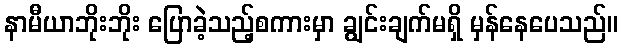
နာမီယာဘိုးဘိုး ပြောခဲ့သည့်စကားမှာ ချွင်းချက်မရှိ မှန်နေပေသည်။